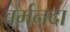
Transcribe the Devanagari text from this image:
बर्मनदा